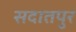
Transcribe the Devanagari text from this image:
सदातपुर